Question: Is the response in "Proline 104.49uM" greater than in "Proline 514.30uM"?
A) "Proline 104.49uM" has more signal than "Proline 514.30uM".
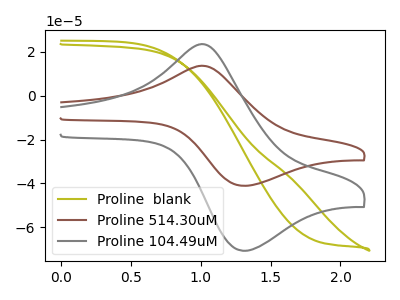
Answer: <think>The olive curve "Proline  blank" has no peaks. The brown curve "Proline 514.30uM" has an anodic peak at (1.05V, 13.55uA) and a cathodic peak at (1.30V, -41.10uA). The gray curve "Proline 104.49uM" has an anodic peak at (1.05V, 23.30uA) and a cathodic peak at (1.30V, -70.75uA).
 All the peaks in "Proline 104.49uM" have a peak in "Proline 514.30uM" at the same potential. Every peak in "Proline 104.49uM" is higher than every peak in "Proline 514.30uM".</think>
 <answer>A) "Proline 104.49uM" has more signal than "Proline 514.30uM".</answer>
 <eval>A</eval>